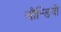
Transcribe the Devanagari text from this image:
लौन्डियोे